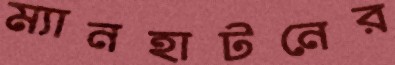
ম্যানহাটনের